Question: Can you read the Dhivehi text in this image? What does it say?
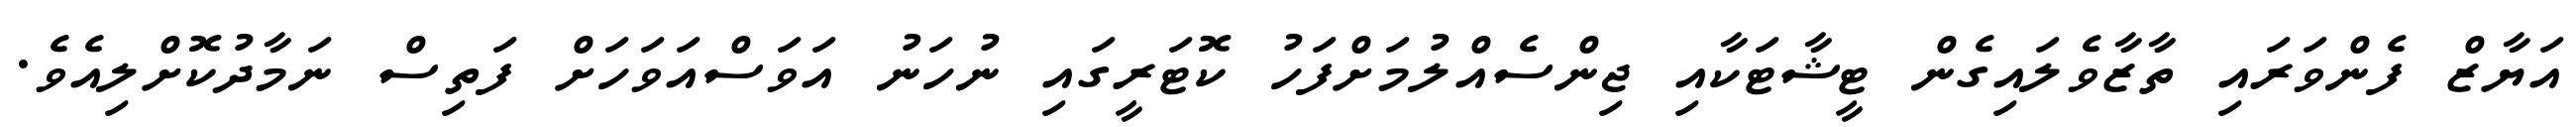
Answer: އަޔާޒް ފެންވަރައި ތާޒާވެލައިގެން ޓީޝާޓަކާއި ޖިންސެއްލުމަށްފަހު ކޮޓަރީގައި ނުހަނު އަވަސްއަވަހަށް ފަތިސް ނަމާދުކޮށްލިއެވެ.